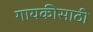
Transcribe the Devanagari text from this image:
गायकीसाठी